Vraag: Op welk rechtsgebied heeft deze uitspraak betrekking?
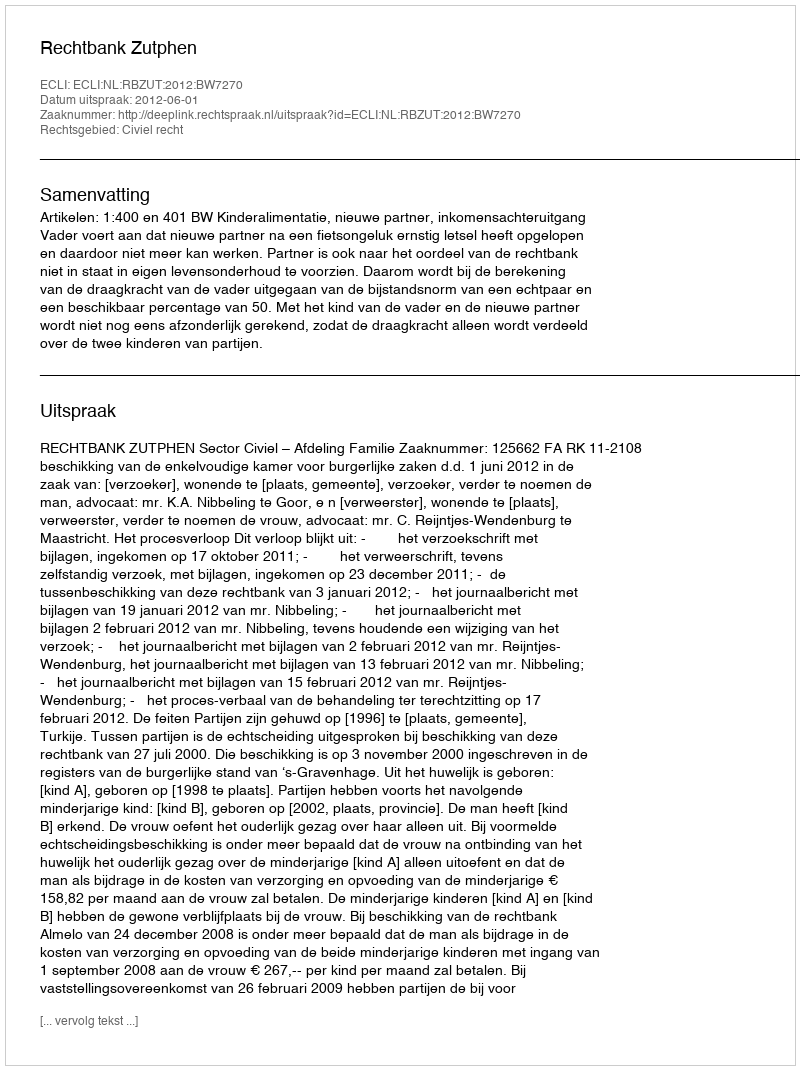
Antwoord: Civiel recht